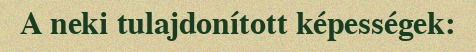
A neki tulajdonított képességek: